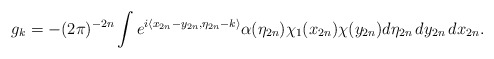
\begin{align*}g_k=-(2\pi)^{-2n}\int e^{i\langle x_{2n}-y_{2n},\eta_{2n}-k\rangle}\alpha(\eta_{2n})\chi_1(x_{2n})\chi(y_{2n})d\eta_{2n}\,dy_{2n}\,dx_{2n}.\end{align*}